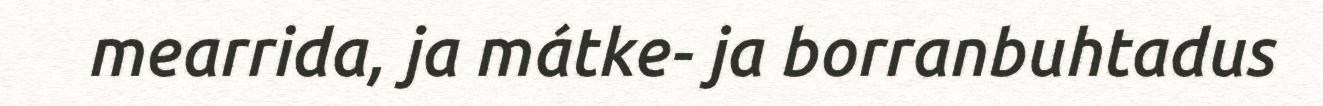
mearrida, ja mátke- ja borranbuhtadus